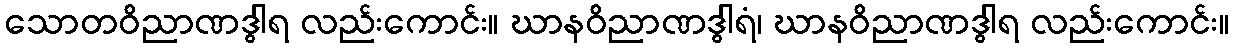
သောတဝိညာဏဒွါရ လည်းကောင်း။ ဃာနဝိညာဏဒွါရံ၊ ဃာနဝိညာဏဒွါရ လည်းကောင်း။